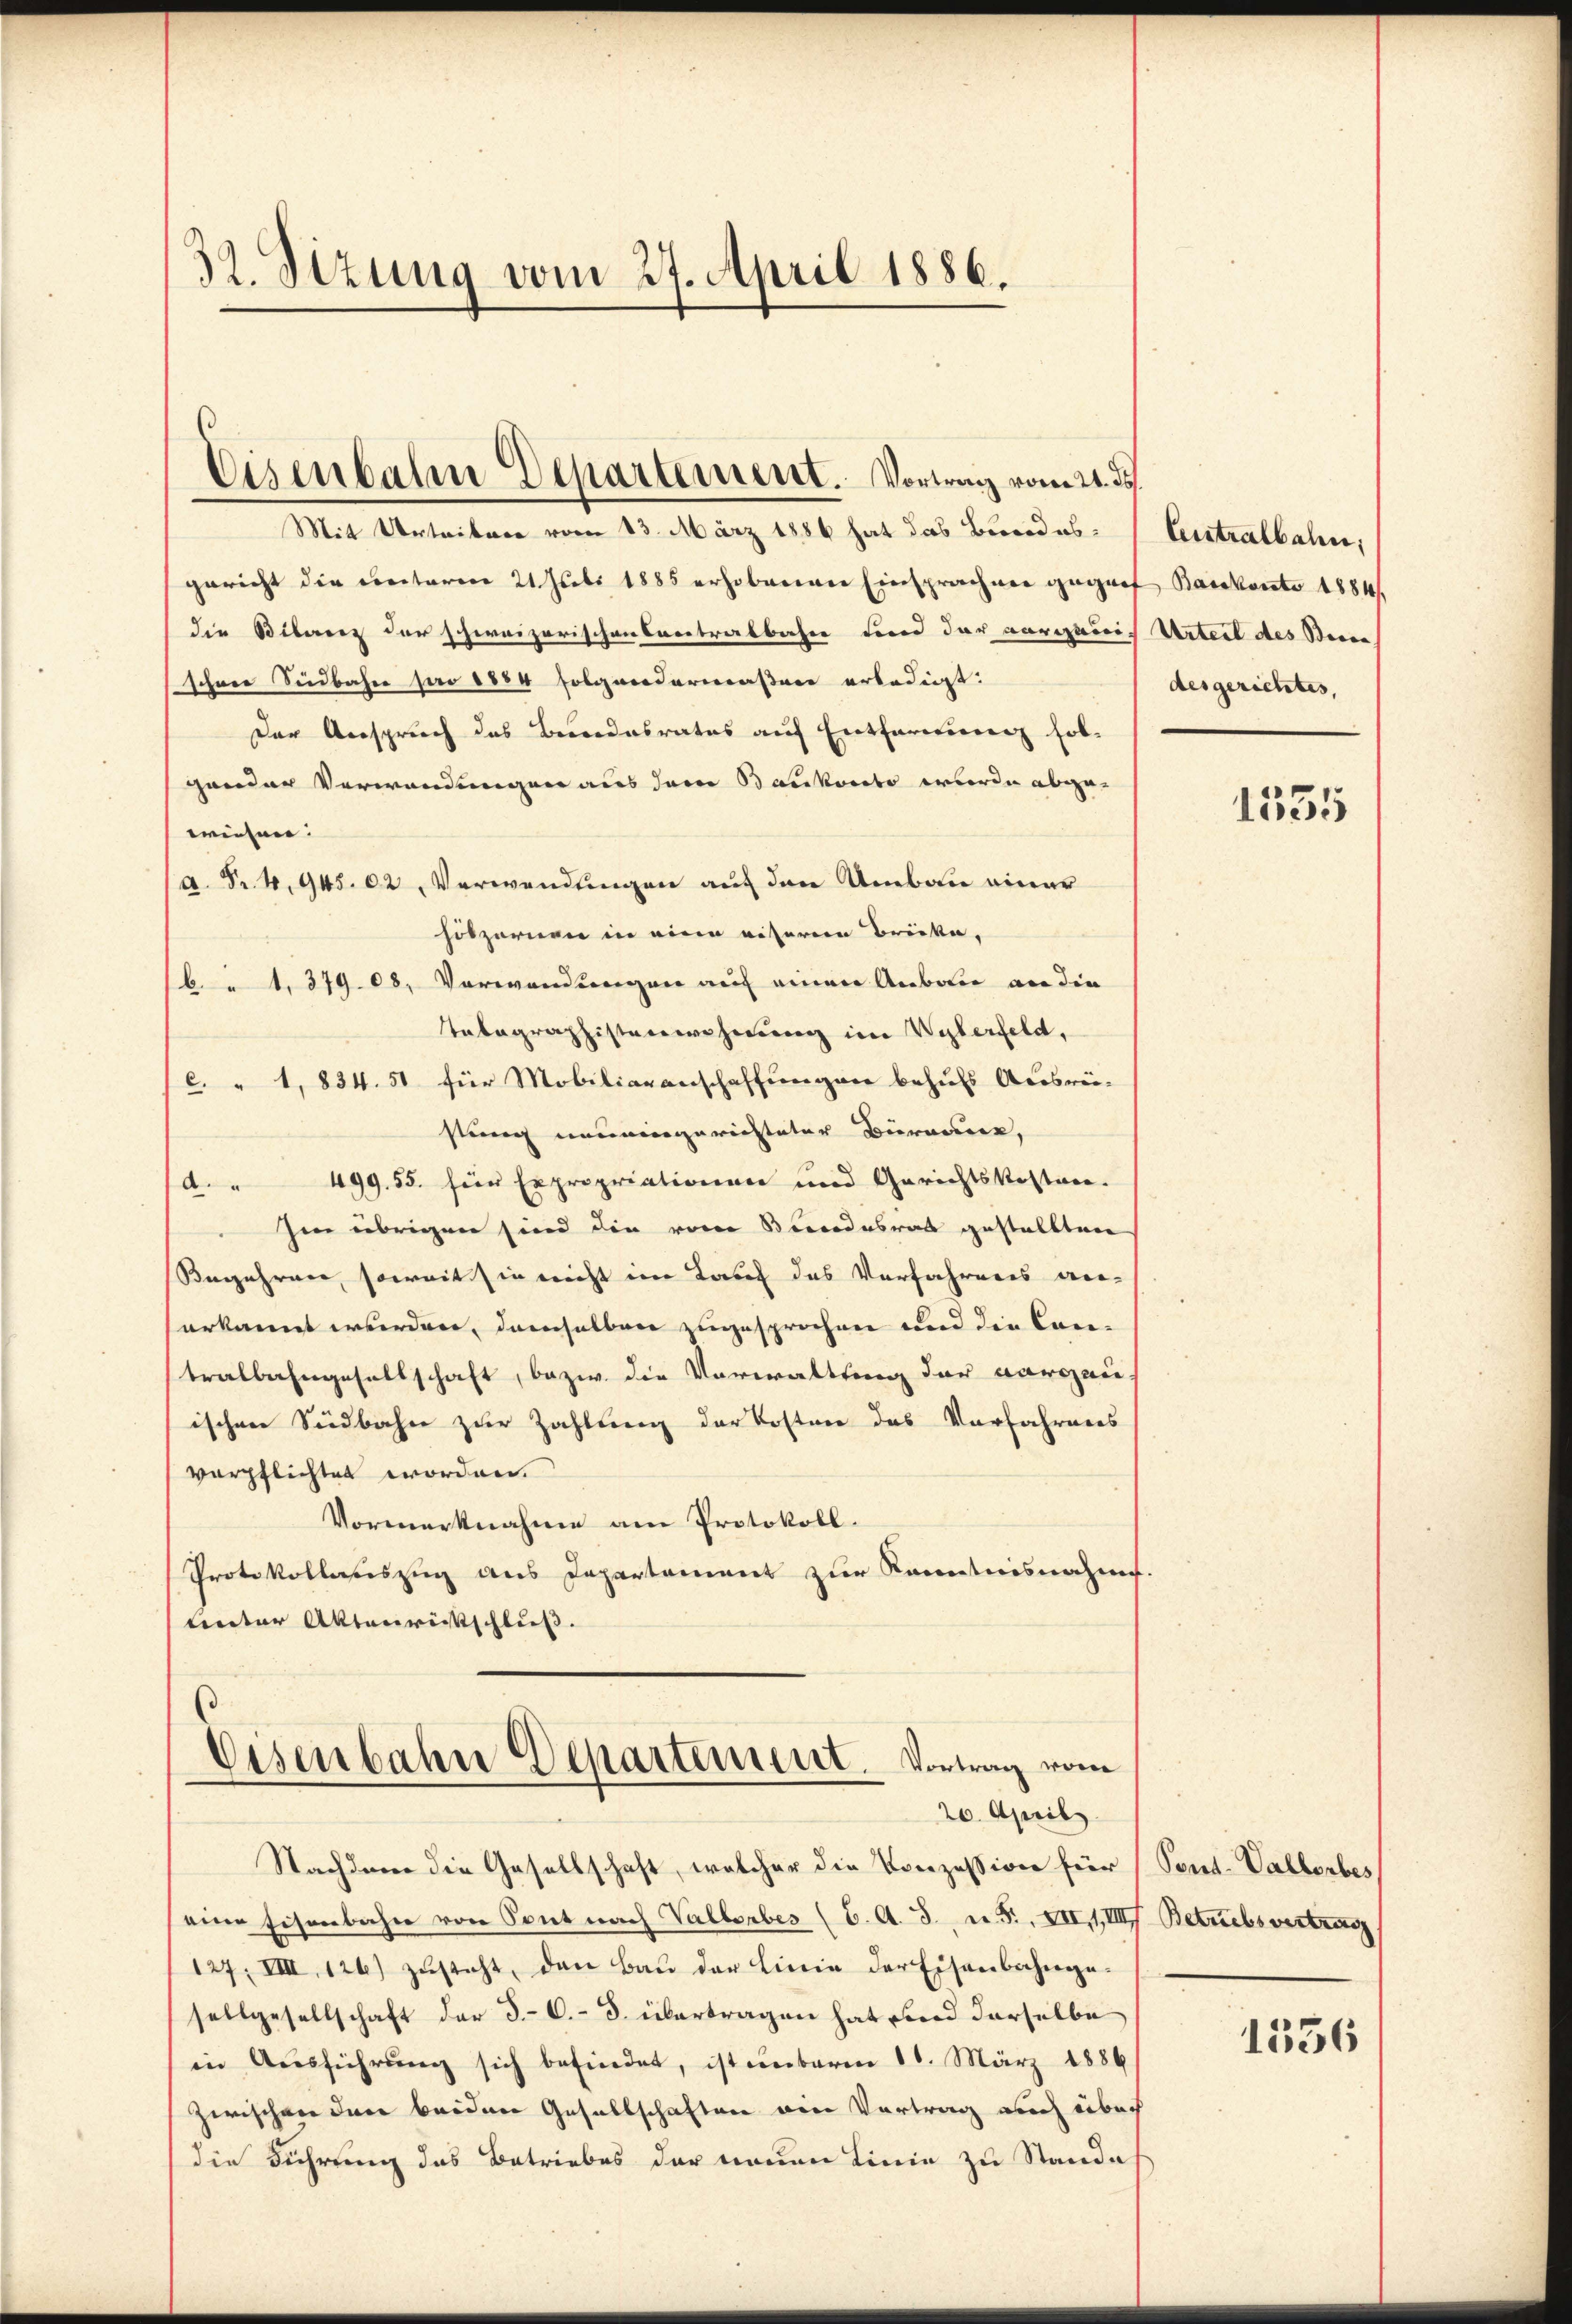
32. Setzung vom 27. April 1886.

Mit Urteitere vom 23. März 1886 hat das Beredes Centralbahn,
gericht die Rectoren 21. Juli 1885 erhoberner Einsprachner gegrof Barkonto 1884/
die Biberenz der schweizerischen retralbahre Fond der vorigereich Urteil des Beden
schnee Südbahn pro 1884 folgendermassern erledigt.
Der Anspruch des Besondesrates auf Entfernung fol-
gander Verwendungen aus dem Baukosto werde abge-
weisen.
 Fr. 4. 945. 62 Verwendungen auf den Umbau einer
hölzernen in eine eiserere Brücke,
61. 379. 08. Verwendungen auf einen Anbau an die
Tabagraphistenwehnung im Wylerfeld,
(c. " 1, 834. 51 für Mobiliaranschaffungen behufs Ausrei-
stung neueingerechteter Berneur,
d. " 499. 55. für Expropriationen und Gerichtskosten-
Im übrigen sind die vom Bundesrat gestellten
Begehrer, soweit sin nicht im Lauf des Verfahrens ver-
erkannt wurden, demselben zugesprochen und die Cantralbahngesellschaft, bezw. die Verwaltung der Aargau,
ischen Südbahn zur Zahlung der Kosten das Vorfahrners
verpflichtet worden.
Vormerknahme am Protokoll.
Protokollasiszug aus Departement zur Kenntnisnahme.
Lnter Aktenrickschluss. |

Eisenbahn Departement. Vortrag vom 21. ds.

Eisenbahn Departement. Vortrag vom
20. April.

desgerichtes,
1535

Nachdem die Gesellschaft, welcher die Konzession für Sont. Vallorbes
eine Eisenbahn von Sont nach Vallerbes (C. A. S. u. S., XII. 1, III Betrebsvertrag
127; VIII, 126) zusteht, den Bau der Linie der Eisenbahngesellgesellschaft der 3.-C.- 3. übertragen hat sind derselbe
in Aŭsführŭng sich befindet, ist umbarm 10. März 1886
zwischen dare beiden Gesellschaften ein Vortrag auch überh
die Führung das Betriebes der neuen Linie zu Stande

1556